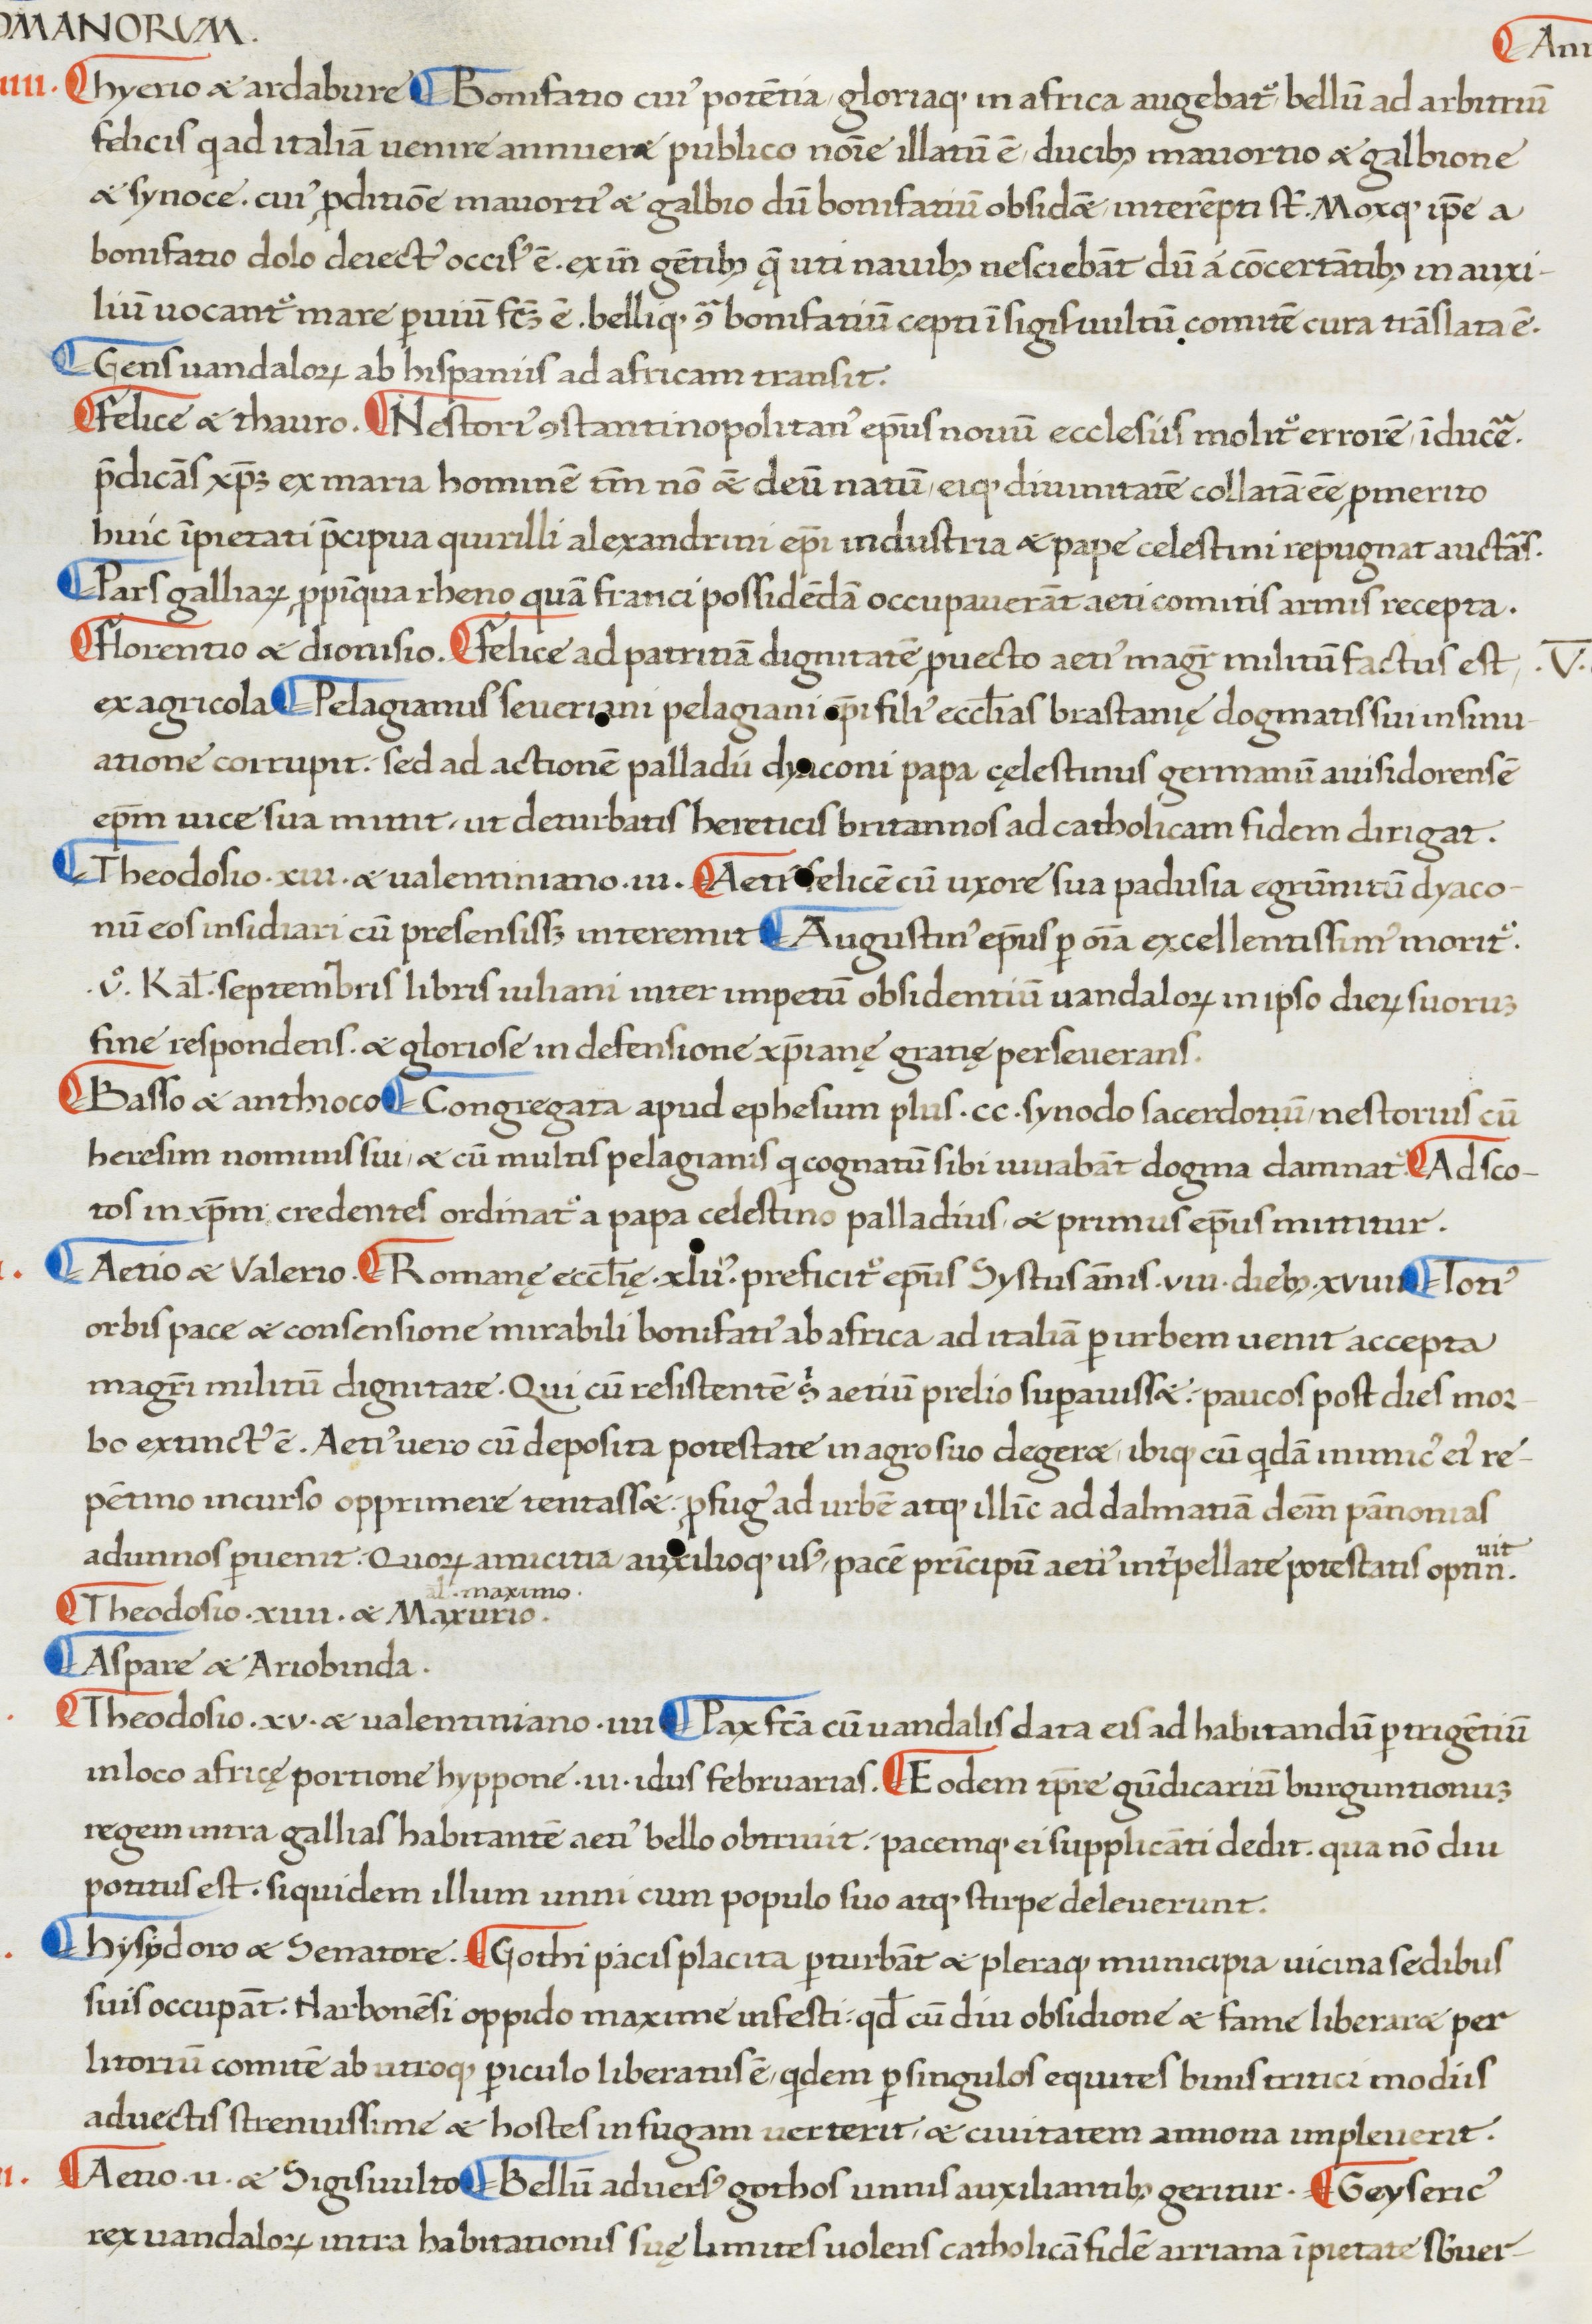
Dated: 1380–1420